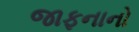
જાફનાનો